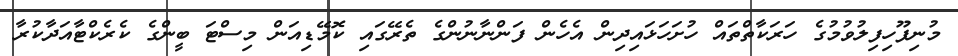
މުނިފޫހިފިލުވުމުގެ ހަރަކާތްތައް ހުށަހަޅައިދިން އެހެން ފަންނާނުންގެ ތެރޭގައި ކޮމޭޑިއަން މިސްޓަ ބީންގެ ކެރެކްޓާއަދާކުރާ